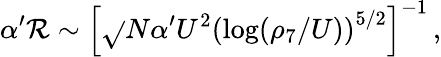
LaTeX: \alpha^{\prime}{\cal{\mathcal{R}}}\sim\left[\sqrt{}{{N}}\alpha^{\prime}U^{2}\left(\log(\rho_{7}/U)\right)^{5/2}\right]^{-1}\, ,